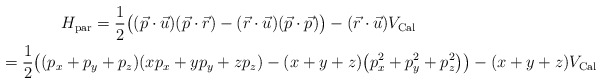
\begin{gather*} H_{\rm par} = \frac{1}{2} \big ( (\vec{p}\cdot \vec{u}) (\vec{p}\cdot \vec{r}) -(\vec{r}\cdot\vec{u})(\vec{p}\cdot\vec{p})\big)-(\vec{r}\cdot\vec{u})V_{\rm Cal} \\\hphantom{H_{\rm par}}{} = \frac{1}{2}\big ( (p_x+p_y+p_z)(xp_x+yp_y+zp_z)-(x+y+z)\big(p_x^2+p_y^2+p_z^2\big)\big)-(x+y+z)V_{\rm Cal}\end{gather*}